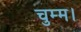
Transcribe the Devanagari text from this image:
चुम्म।